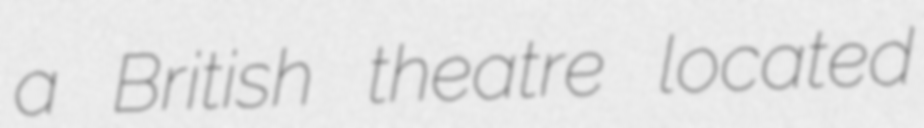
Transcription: a British theatre located